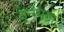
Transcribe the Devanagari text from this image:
तुन्ग्भद्रा